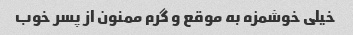
خیلی خوشمزه به موقع و گرم ممنون از پسر خوب